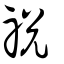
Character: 祱